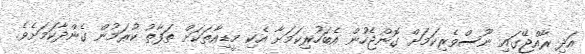
އަދި ރާއްޖޭގައި ނޫސްވެރިކަމަށް ގޮންޖެހުން އެބަހުރިކަމަށާ އެކި މީޑިއާތަަކަށް ތަފާތު ކުރަމުން ގެންދާކަމަށެވެ.